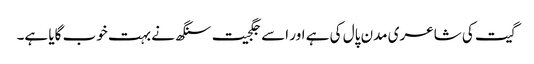
گیت کی شاعری مدن پال کی ہے اور اسے جگجیت سنگھ نے بہت خوب گایا ہے۔